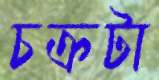
চক্রটা